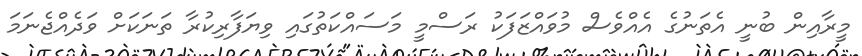
މީރާއިން ބުނީ އެތަނުގެ އެއްވެސް މުވައްޒަފަކު ރަސްމީ މަސައްކަތުގައި ވިޔަފާރިކުރާ ތަނަކަށް ވަދެއްޖެނަމަ